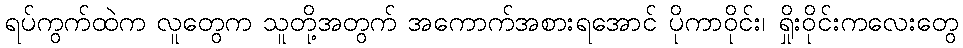
ရပ်ကွက်ထဲက လူတွေက သူတို့အတွက် အကောက်အစားရအောင် ပိုကာဝိုင်း၊ ရှိုးဝိုင်းကလေးတွေ